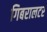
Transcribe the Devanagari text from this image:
गिबरालटर